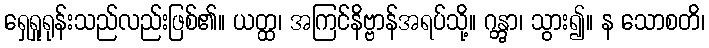
ရှေရှုရုန်းသည်လည်းဖြစ်၏။ ယတ္ထ၊ အကြင်နိဗ္ဗာန်အရပ်သို့။ ဂန္တွာ၊ သွား၍။ န သောစတိ၊